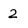
Character: 2